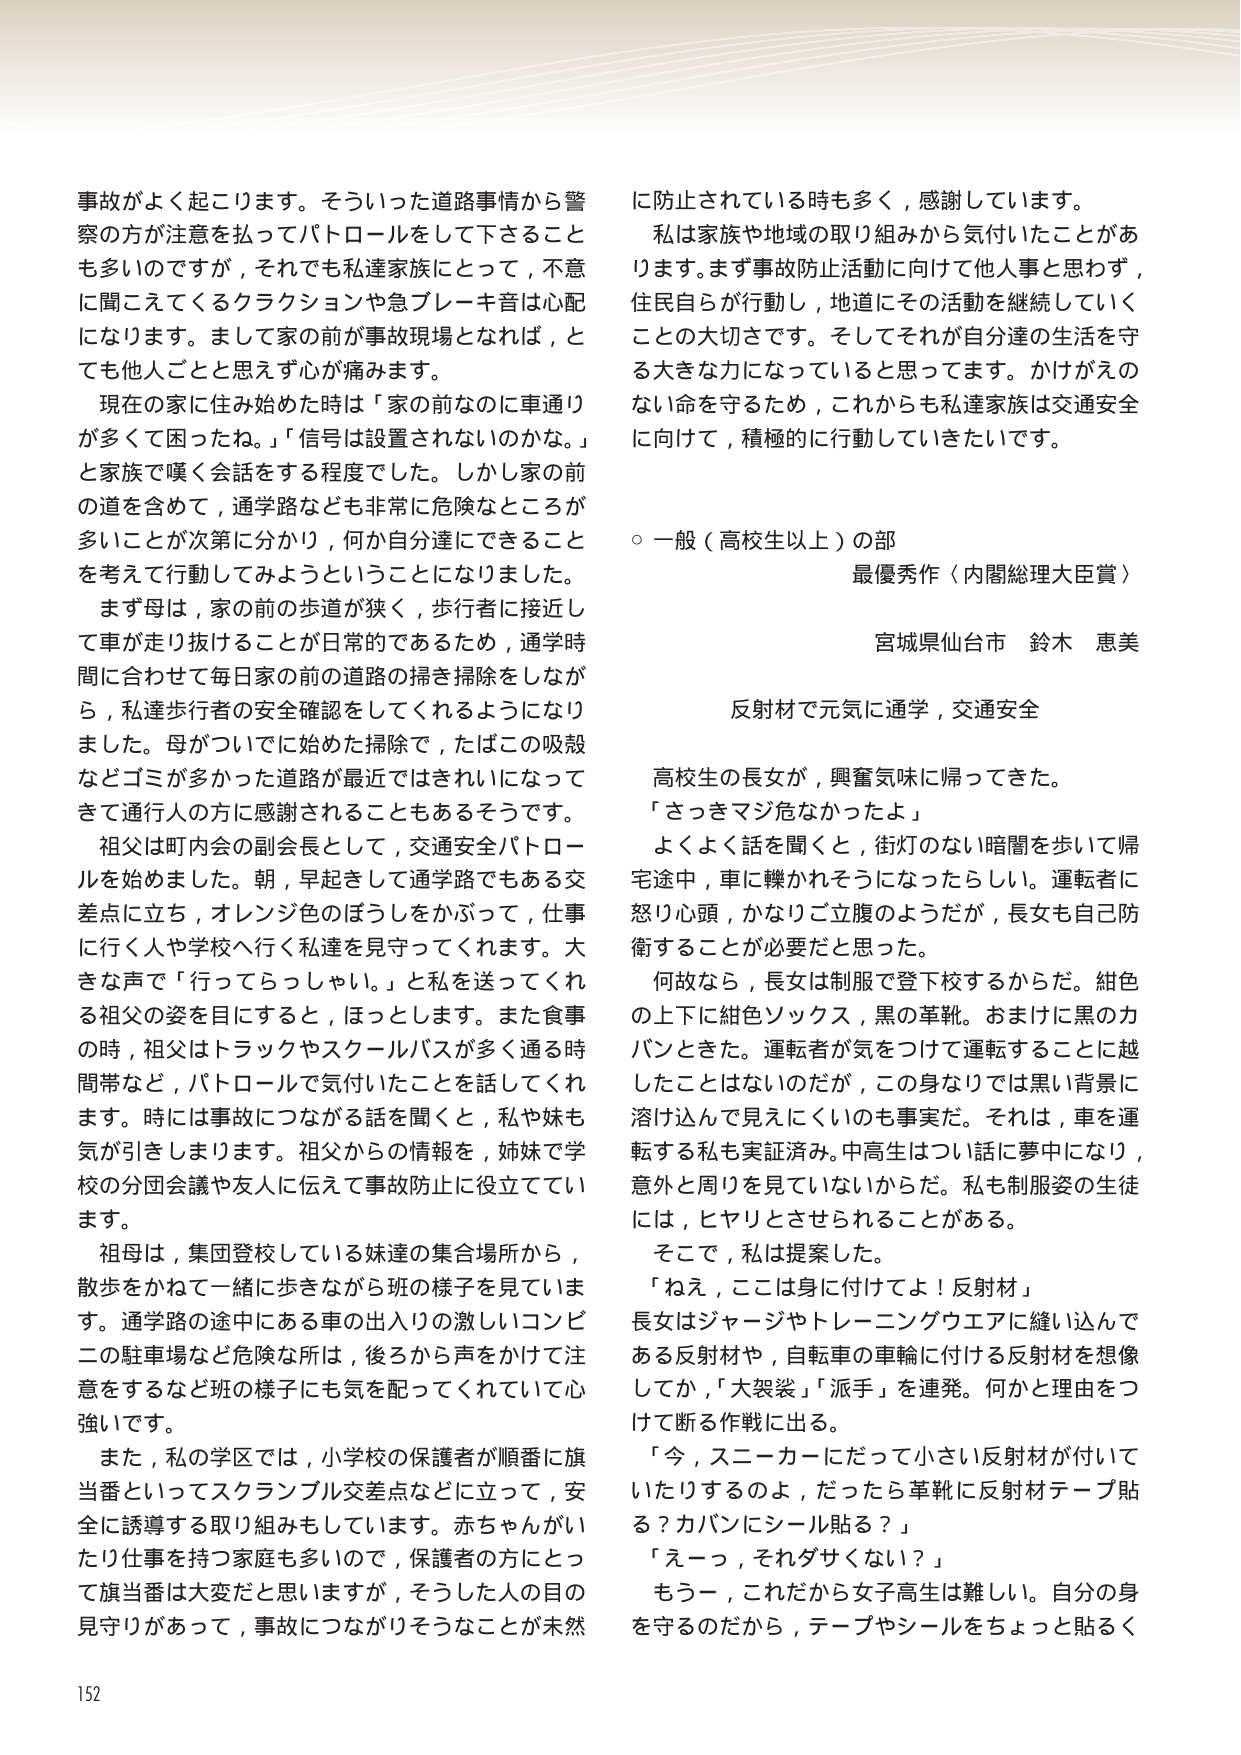
事故がよく起こります。そういった道路事情から警察の方が注意を払ってパトロールをして下さることも多いのですが，それでも私達家族にとって，不意に聞こえてくるクラクションや急ブレーキ音は心配になります。まして家の前が事故現場となれば，とても他人ごとと思えず心が痛みます。

現在の家に住み始めた時は「家の前なのに車通りが多くて困ったね。」「信号は設置されないのかな。」と家族で嘆く会話をする程度でした。しかし家の前の道を含めて，通学路なども非常に危険なところが多いことが次第に分かり，何か自分達にできることを考えて行動してみようということになりました。

まず母は，家の前の歩道が狭く，歩行者に接近して車が走り抜けることが日常的であるため，通学時間に合わせて毎日家の前の道路の掃き掃除をしながら，私達歩行者の安全確認をしてくれるようになりました。母がついでに始めた掃除で，たばこの吸殻などゴミが多かった道路が最近ではきれいになってきて通行人の方に感謝されることもあるそうです。

祖父は町内会の副会長として，交通安全パトロールを始めました。朝，早起きして通学路でもある交差点に立ち，オレンジ色のぼうしをかぶって，仕事に行く人や学校へ行く私達を見守ってくれます。大きな声で「行ってらっしゃい。」と私を送ってくれる祖父の姿を目にするとき，ほっとします。また食事の時，祖父はトラックやスクールバスが多く通る時間帯など，パトロールで気付いたことを話してくれます。時には事故につながる話を聞くと，私や妹も気が引きしまります。祖父からの情報を，姉妹で学校の分団会議や友人に伝えて事故防止に役立てています。

祖母は，集団登校している妹達の集合場所から，散歩をかねて一緒に歩きながら班の様子を見ています。通学路の途中にある車の出入りの激しいコンビニの駐車場など危険な所は，後ろから声をかけて注意をするなど班の様子にも気を配ってくれていて心強いです。

また，私の学区では，小学校の保護者が順番に旗当番といってスクランブル交差点などに立って，安全に誘導する取り組みもしています。赤ちゃんがいたり仕事を持つ家庭も多いので，保護者の方にとって旗当番は大変だと思いますが，そうした人の目の見守りがあって，事故につながりそうなことが未然に防止されている時も多く，感謝しています。

私は家族や地域の取り組みから気付いたことがあります。まず事故防止活動に向けて他人事と思わず，住民自らが行動し，地道にその活動を継続していくことの大切さです。そしてそれが自分達の生活を守る大きな力になっていると思っています。かけがえのない命を守るため，これからも私達家族は交通安全に向けて，積極的に行動していきたいです。

○ 一般（高校生以上）の部
最優秀作（内閣総理大臣賞）
宮城県仙台市 鈴木 恵美

反射材で元気に通学，交通安全

高校生の長女が，興奮気味に帰ってきた。
「さっきマジ危なかったよ」
よくよく話を聞くと，街灯のない暗闇を歩いて帰宅途中，車に轢かれそうになったらしい。運転者に怒り心頭，かなりご立腹のようだが，長女も自己防衛することが必要だと思った。

何故なら，長女は制服で登下校するからだ。紺色の上下に紺色ソックス，黒の革靴。おまけに黒のカバンときた。運転者が気をつけて運転することに越したことはないのだが，この身なりでは黒い背景に溶け込んで見えにくいのも事実だ。それは，車を運転する私も実証済み。中高生はつい話に夢中になり，意外と周りを見ていないからだ。私も制服姿の生徒には，ヒヤリとさせられることがある。

そこで，私は提案した。
「ねえ，ここは身に付けてよ！反射材」
長女はジャージやトレーニングウエアに縫い込んである反射材や，自転車の車輪に付ける反射材を想像してか，「大袈裟」「派手」を連発。何かと理由をつけて断る作戦に出る。
「今，スニーカーにだって小さい反射材が付いていたりするのよ，だったら革靴に反射材テープ貼る？カバンにシール貼る？」
「えーっ，それダサくない？」
もうー，これだから女子高生は難しい。自分の身を守るのだから，テープやシールをちょっと貼るく

152